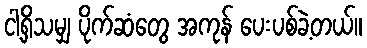
ငါ့ရှိသမျှ ပိုက်ဆံတွေ အကုန် ပေးပစ်ခဲ့တယ်။